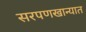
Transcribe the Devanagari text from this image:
सरपणखान्यात